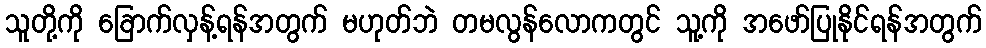
သူတို့ကို ခြောက်လှန့်ရန်အတွက် မဟုတ်ဘဲ တမလွန်လောကတွင် သူ့ကို အဖော်ပြုနိုင်ရန်အတွက်